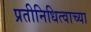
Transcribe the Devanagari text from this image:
प्रतीनिधित्वाच्या